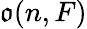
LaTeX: {\mathfrak{o}}(n,F)